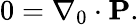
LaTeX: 0=\nabla_{0}\cdot\mathbf{P}.